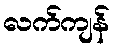
လက်ကျန်